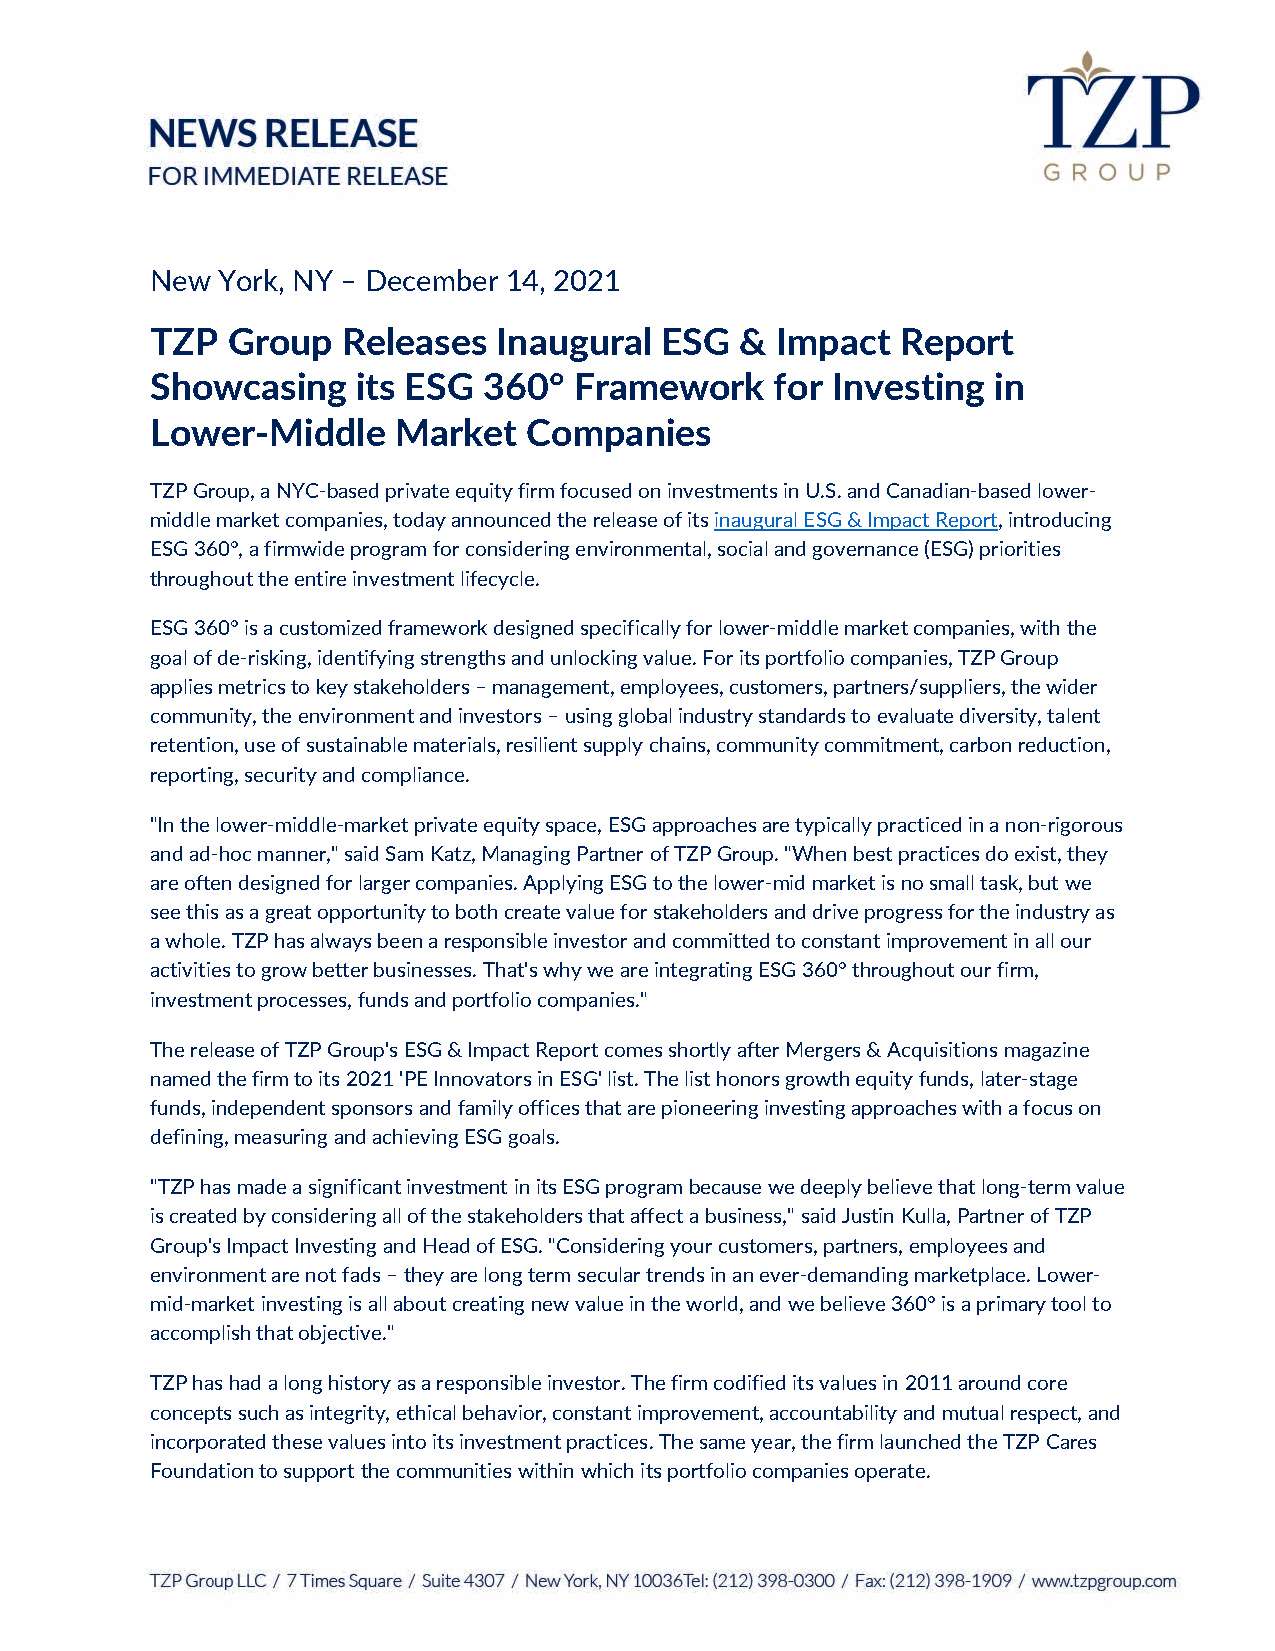
New York, NY – December 14, 2021
 TZP  Group   Releases  Inaugural  ESG  & Impact   Report
 Showcasing    its ESG 360°  Framework    for Investing  in
 Lower-Middle    Market   Companies
 TZP Group, a NYC-based private equity firm focused on investments in U.S. and Canadian-based lower-
 middle market companies, today announced the release of its inaugural ESG & Impact Report, introducing
 ESG 360°, a firmwide program for considering environmental, social and governance (ESG) priorities
 throughout the entire investment lifecycle.
 ESG 360° is a customized framework designed specifically for lower-middle market companies, with the
 goal of de-risking, identifying strengths and unlocking value. For its portfolio companies, TZP Group
 applies metrics to key stakeholders – management, employees, customers, partners/suppliers, the wider
 community, the environment and investors – using global industry standards to evaluate diversity, talent
 retention, use of sustainable materials, resilient supply chains, community commitment, carbon reduction,
 reporting, security and compliance.
 "In the lower-middle-market private equity space, ESG approaches are typically practiced in a non-rigorous
 and ad-hoc manner," said Sam Katz, Managing Partner of TZP Group. "When best practices do exist, they
 are often designed for larger companies. Applying ESG to the lower-mid market is no small task, but we
 see this as a great opportunity to both create value for stakeholders and drive progress for the industry as
 a whole. TZP has always been a responsible investor and committed to constant improvement in all our
 activities to grow better businesses. That's why we are integrating ESG 360° throughout our firm,
 investment processes, funds and portfolio companies."
 The release of TZP Group's ESG & Impact Report comes shortly after Mergers & Acquisitions magazine
 named the firm to its 2021 'PE Innovators in ESG' list. The list honors growth equity funds, later-stage
 funds, independent sponsors and family offices that are pioneering investing approaches with a focus on
 defining, measuring and achieving ESG goals.
 "TZP has made a significant investment in its ESG program because we deeply believe that long-term value
 is created by considering all of the stakeholders that affect a business," said Justin Kulla, Partner of TZP
 Group's Impact Investing and Head of ESG. "Considering your customers, partners, employees and
 environment are not fads – they are long term secular trends in an ever-demanding marketplace. Lower-
 mid-market investing is all about creating new value in the world, and we believe 360° is a primary tool to
 accomplish that objective."
 TZP has had a long history as a responsible investor. The firm codified its values in 2011 around core
 concepts such as integrity, ethical behavior, constant improvement, accountability and mutual respect, and
 incorporated these values into its investment practices. The same year, the firm launched the TZP Cares
 Foundation to support the communities within which its portfolio companies operate.